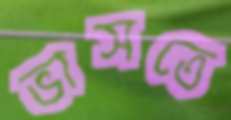
ভাসতে